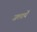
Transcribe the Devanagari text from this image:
जलायें